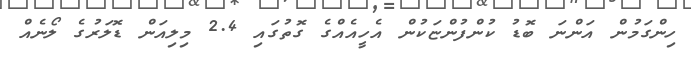
ހިންގަމުން އަންނަ ބޮޑު ކުންފުންޏަކުން އެހީއެއްގެ ގޮތުގައި 2.4 މިލިއަން ޑޮލަރުގެ ލޯނެއް